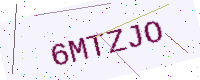
Text: 6MTZJO